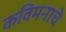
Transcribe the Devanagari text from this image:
कविमनाचे